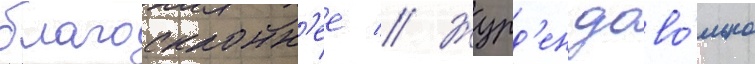
благосклонн'ее // Журд'ен дово́льно